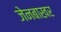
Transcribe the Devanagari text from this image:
जेनबाखर